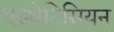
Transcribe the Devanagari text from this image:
एस्थेटिसियन